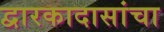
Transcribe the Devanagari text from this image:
द्वारकादासांचा